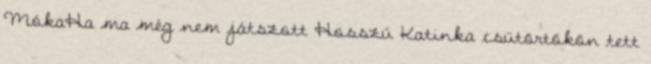
MókaHa ma még nem játszott Hosszú Katinka csütörtökön tett